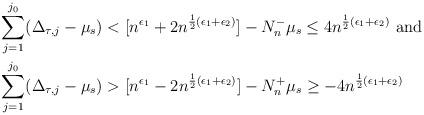
LaTeX: \begin{align*}&\sum_{j=1}^{j_0} (\Delta_{\tau,j} - \mu_s) < [ n^{\epsilon_1} + 2n^{\frac{1}{2}(\epsilon_1 + \epsilon_2)} ] - N_n^- \mu_s \leq 4n^{\frac{1}{2}(\epsilon_1 + \epsilon_2)} \mbox{ and } \\&\sum_{j=1}^{j_0} (\Delta_{\tau,j} - \mu_s) > [ n^{\epsilon_1} - 2n^{\frac{1}{2}(\epsilon_1 + \epsilon_2)} ] - N_n^+ \mu_s \geq - 4n^{\frac{1}{2}(\epsilon_1 + \epsilon_2)}\end{align*}